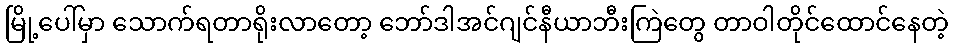
မြို့ပေါ်မှာ သောက်ရတာရိုးလာတော့ ဘော်ဒါအင်ဂျင်နီယာဘီးကြဲတွေ တာဝါတိုင်ထောင်နေတဲ့